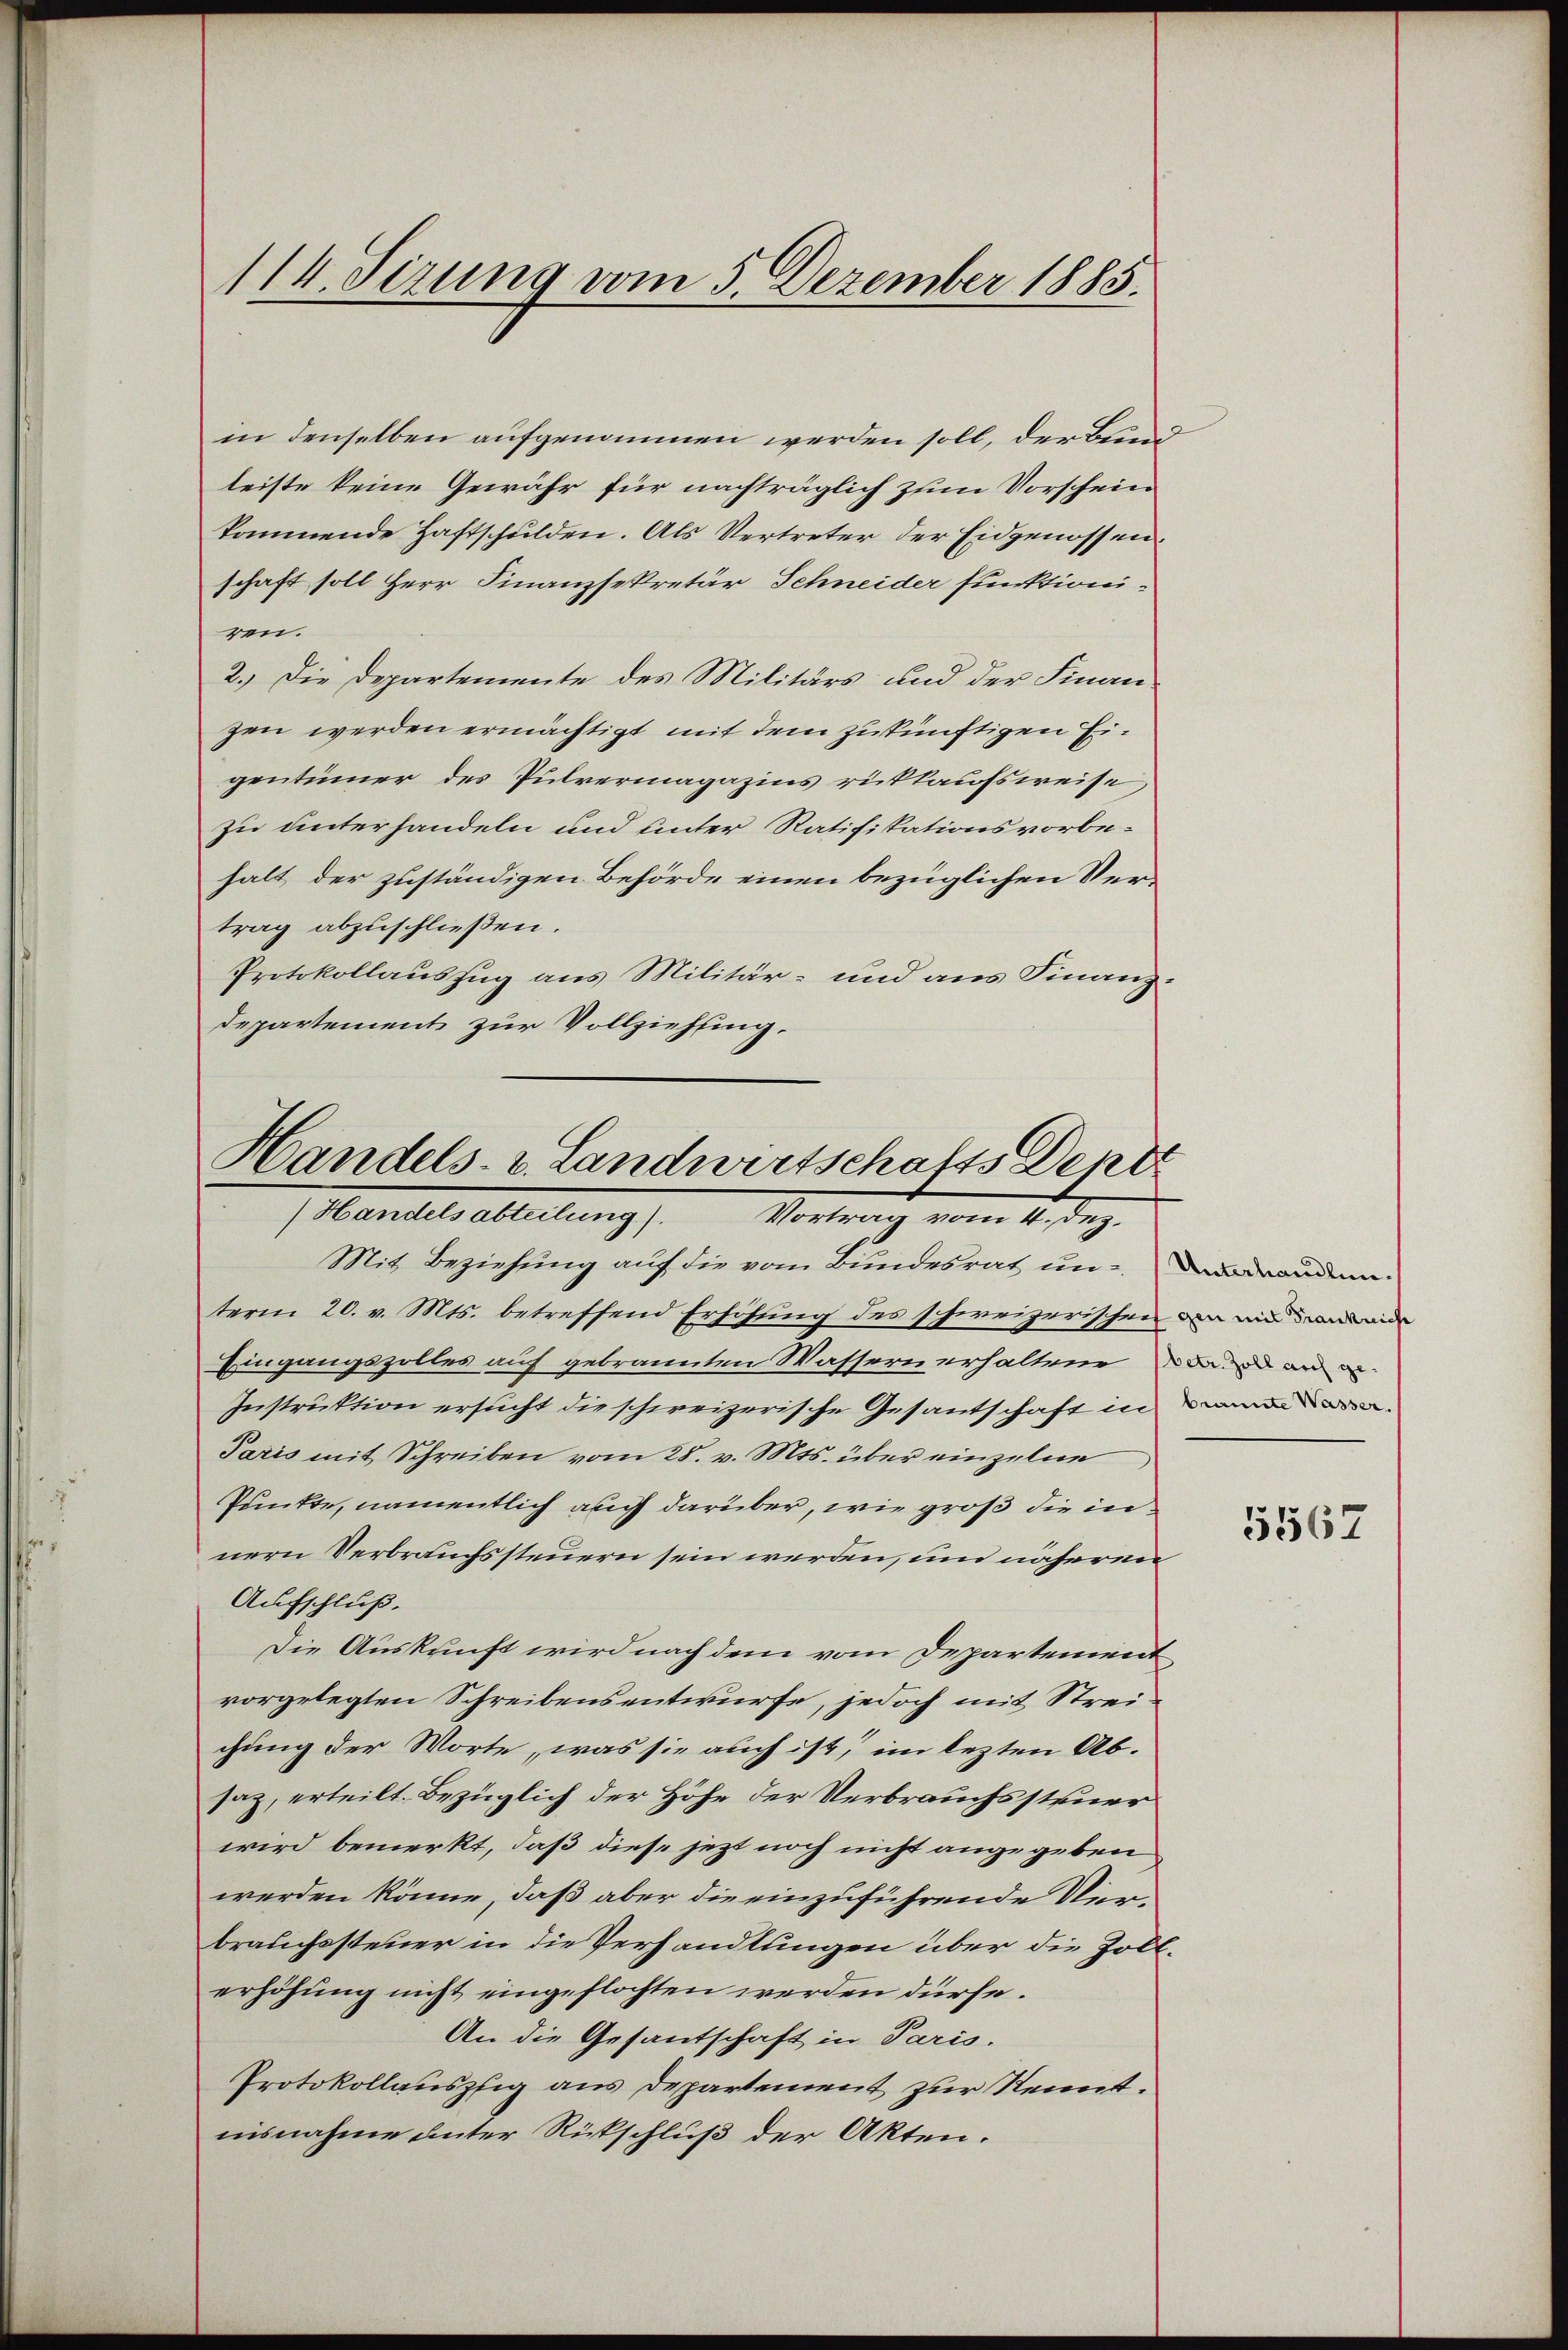
in denselben aufgenommen werden soll, der Bund
leiste keine Gewähr für nachträglich zum Vorschein
kommende Haftschulden. Als Vertreter der Eidgenossenschaft soll Herr Finanzsekretär Schneider funktioniren.
2.) Die Departemente des Militärs und der Finanzen werden ermächtigt mit dem zukünftigen Eigentümer des Pulvermagazins rückkaufsweise,
zu unterhandeln und unter Ratifikationsvorbehalt der zuständigen Behörde einen bezüglichen Vertrag abzuschließen.
Protokollauszug aus Militär- und aus Finanz¬
Departement zur Vollziehung.

114. Sezung vom 5. Dezember 1885.

Handels- u. Landwirtschafts Dent
Mandels alleitung /. M.

Mit Beziehung auf die vom Bundesrat un- Daueranden
term 20. v. Mts. betreffend Erhöhung des schweizerischen von und ande
Eingangszolles auf gebrannten Wassern erhaltene und an ei¬
Instruktion ersucht die schweizerische Gesantschaft in
Paris mit Schreiben vom 28. v. Mts. über einzelne
Punkte, namentlich auch darüber, wie groß die in
nern Verbrauchssteuern sein werden, um näheren
Aufschluß.
Die Auskunft wird nach dem vom Departement
vorgelegten Schreibensentwürfe, jedoch mit Streichung der Worte, was sie auch ist, im lezten Absaz, erteilt. Bezüglich der Höhe der Verbrauchssteuer
wird bemerkt, daß diese jetzt noch nicht angegeben
werden könne, daß aber die einzuführende Niebrauchssteuer in die Verhandlungen über die Zollerhöhung nicht eingeflochten werden dürfe.
An die Gesantschaft in Paris.
Protokollauszig aus Departement zur Kennt.
nisnahme unter Rückschluß der Akten.

5567